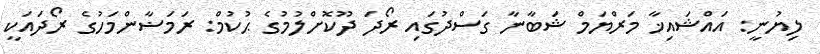
ލިޔުނީ: އައްޝައިޚާ މަރްޔަމް ޝަބާނާ ގަސްދުގައި ރޯދަ ދޫކޮށްލުމުގެ ޙުކުމް: ރަމަޟާންމަހުގެ ރޯދައަކީ